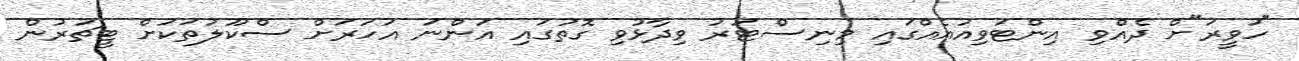
"ހަވީރަ"ށް ދެއްވި އިންޓަވިއުއެއްގައި މިނިސްޓަރު ވިދާޅުވި ގޮތުގައި އަންނަ އަހަރަށް ސްކޫލުތަކަށް ޓީޗަރުން